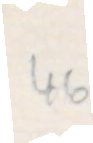
46